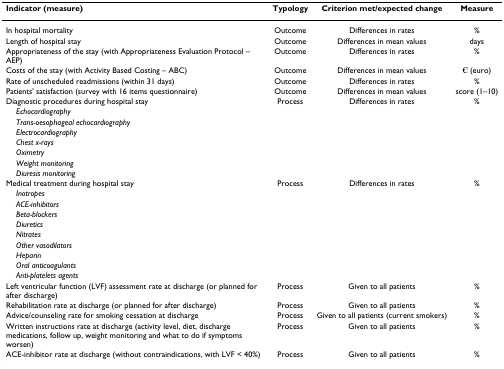
| Indicator (measure) | Typology | Criterion met/expected change | Measure |
 | --- | --- | --- | --- |
 | In hospital mortality | Outcome | Differences in rates | % |
 | Length of hospital stay | Outcome | Differences in mean values | days |
 | Appropriateness of the stay (with Appropriateness Evaluation Protocol – AEP) | Outcome | Differences in rates | % |
 | Costs of the stay (with Activity Based Costing – ABC) | Outcome | Differences in mean values | € (euro) |
 | Rate of unscheduled readmissions (within 31 days) | Outcome | Differences in rates | % |
 | Patients' satisfaction (survey with 16 items questionnaire) | Outcome | Differences in mean values | score (1–10) |
 | Diagnostic procedures during hospital stay | Process | Differences in rates | % |
 | Echocardiography |  |  |  |
 | Trans-oesophageal echocardiography |  |  |  |
 | Electrocardiography |  |  |  |
 | Chest x-rays |  |  |  |
 | Oximetry |  |  |  |
 | Weight monitoring |  |  |  |
 | Diuresis monitoring |  |  |  |
 | Medical treatment during hospital stay | Process | Differences in rates | % |
 | Inotropes |  |  |  |
 | ACE-inhibitors |  |  |  |
 | Beta-blockers |  |  |  |
 | Diuretics |  |  |  |
 | Nitrates |  |  |  |
 | Other vasodilators |  |  |  |
 | Heparin |  |  |  |
 | Oral anticoagulants |  |  |  |
 | Anti-platelets agents |  |  |  |
 | Left ventricular function (LVF) assessment rate at discharge (or planned for after discharge) | Process | Given to all patients | % |
 | Rehabilitation rate at discharge (or planned for after discharge) | Process | Given to all patients | % |
 | Advice/counseling rate for smoking cessation at discharge | Process | Given to all patients (current smokers) | % |
 | Written instructions rate at discharge (activity level, diet, discharge medications, follow up, weight monitoring and what to do if symptoms worsen) | Process | Given to all patients | % |
 | ACE-inhibitor rate at discharge (without contraindications, with LVF < 40%) | Process | Given to all patients | % |